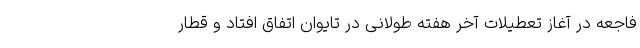
فاجعه در آغاز تعطیلات آخر هفته طولانی در تایوان اتفاق افتاد و قطار